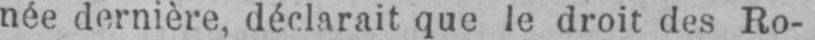
née dernière, déclarait que le droit des Ro-